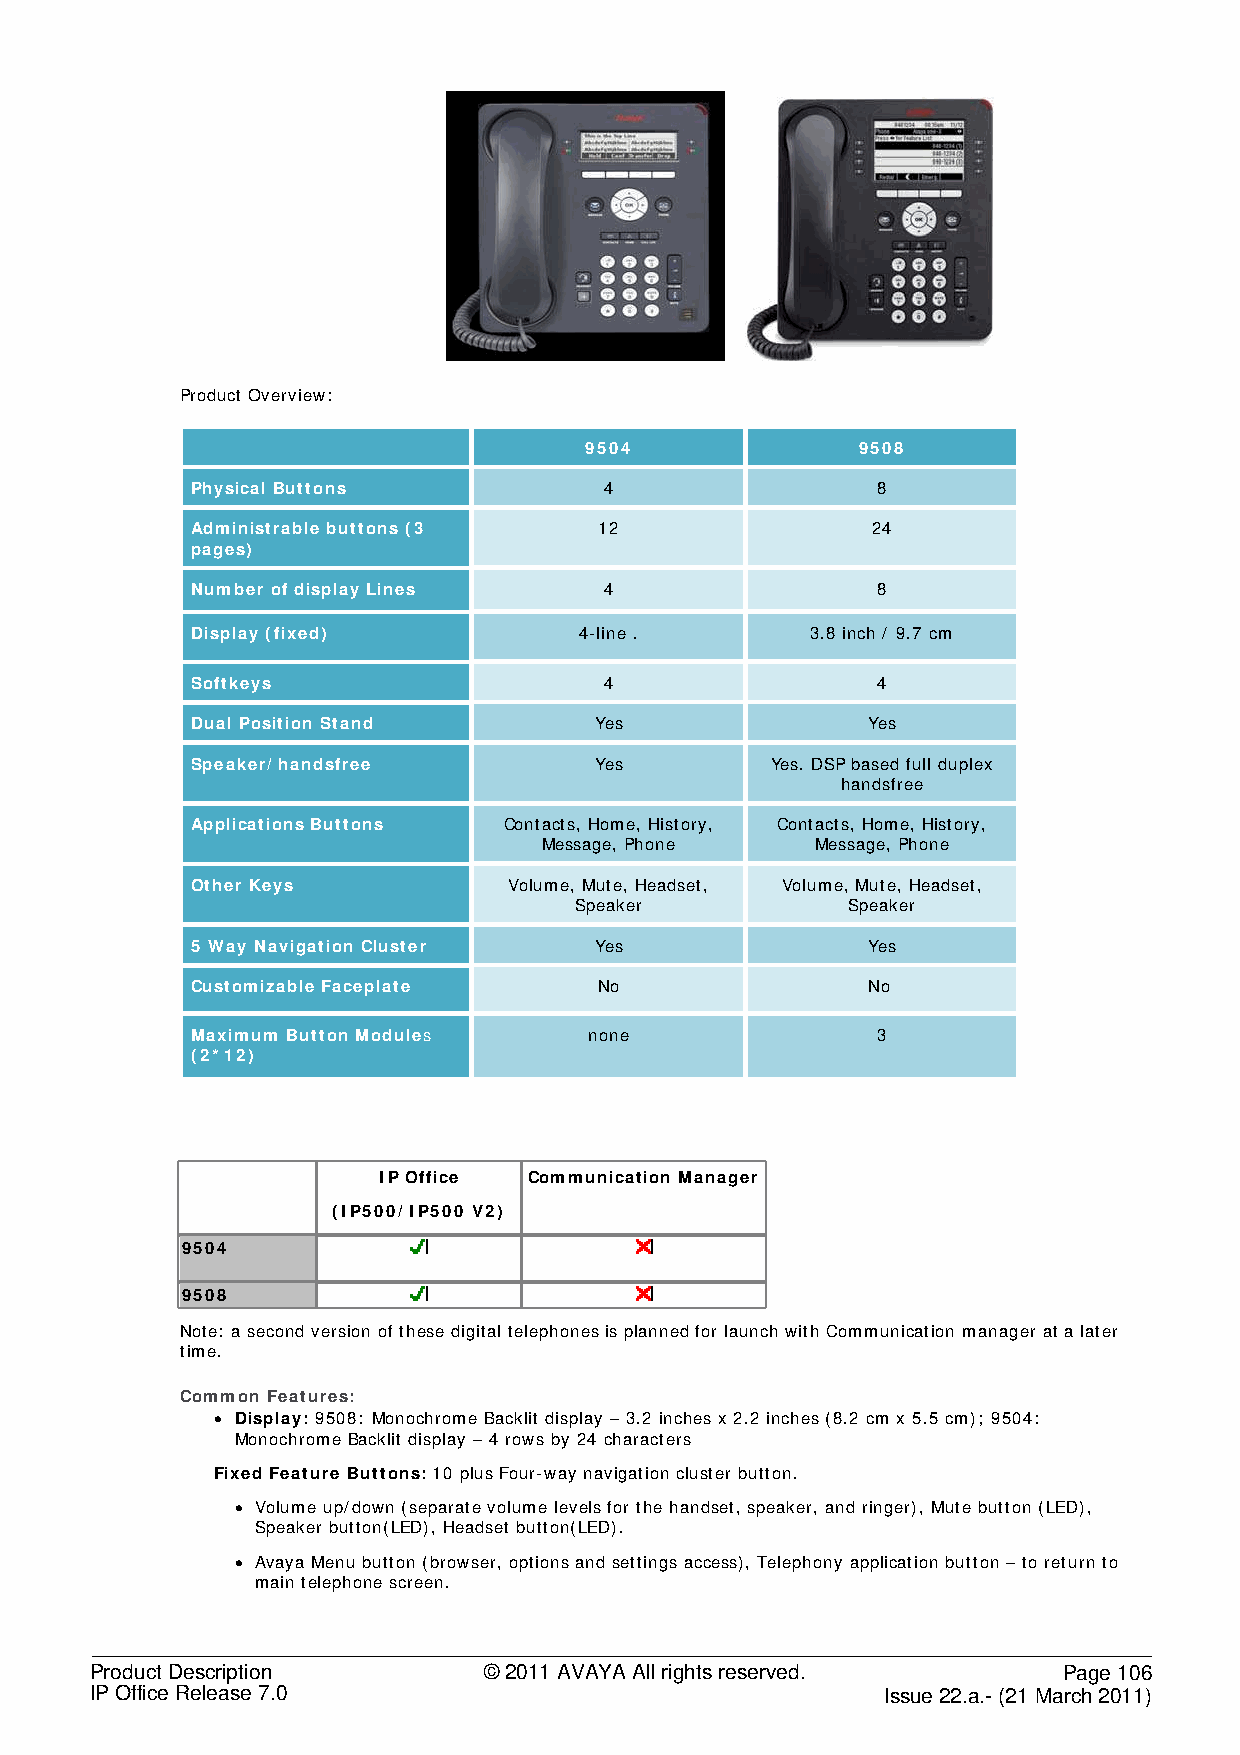
Product Overview:
 9504              9508
 Physical Buttons           4                 8
 Administrable buttons (3   12                24
 pages)
 Number of display Lines    4                 8
 Display (fixed)          4-line .        3.8 inch / 9.7 cm
 Softkeys                   4                 4
 Dual Position Stand       Yes               Yes
 Speaker/ handsfree        Yes         Yes. DSP based full duplex
 handsfree
 Applications Buttons Contacts, Home, History, Contacts, Home, History,
 Message, Phone    Message, Phone
 Other Keys           Volume, Mute, Headset, Volume, Mute, Headset,
 Speaker           Speaker
 5 Way Navigation Cluster  Yes               Yes
 Customizable Faceplate     No               No
 Maximum Button Modules    none               3
 (2*12)
 Works on:    IP Office Communication Manager
 (IP500/ IP500 V2)
 9504
 9508
 Note: a second version of these digital telephones is planned for launch with Communication manager at a later
 time.
 Common Features:
 • Display: 9508: Monochrome Backlit display – 3.2 inches x 2.2 inches (8.2 cm x 5.5 cm); 9504:
 Monochrome Backlit display – 4 rows by 24 characters
 Fixed Feature Buttons: 10 plus Four-way navigation cluster button.
 • Volume up/down (separate volume levels for the handset, speaker, and ringer), Mute button (LED),
 Speaker button(LED), Headset button(LED).
 • Avaya Menu button (browser, options and settings access), Telephony application button – to return to
 main telephone screen.
 Product Description       © 2011 AVAYA All rights reserved.     Page 106
 IP Office Release 7.0                                Issue 22.a.- (21 March 2011)